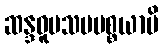
ဆန္ဒဝူပသမပစ္စယာပိ